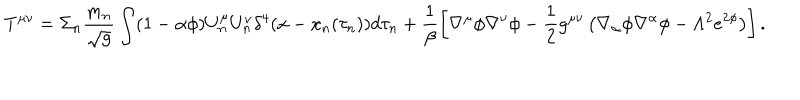
T ^ { \mu \nu } = \Sigma _ { n } \frac { m _ { n } } { \sqrt { g } } \int ( 1 - \alpha \phi ) U _ { n } ^ { \mu } U _ { n } ^ { \nu } \delta ^ { 4 } ( x - x _ { n } ( \tau _ { n } ) ) d \tau _ { n } + \frac { 1 } { \beta } \left[ \nabla ^ { \mu } \phi \nabla ^ { \nu } \phi - \frac { 1 } { 2 } g ^ { \mu \nu } \left( \nabla _ { \alpha } \phi \nabla ^ { \alpha } \phi - \Lambda ^ { 2 } e ^ { 2 \phi } \right) \right] .